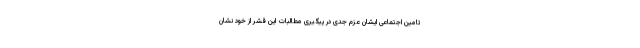
تامین اجتماعی ایشان عزم جدی در پیگیری مطالبات این قشر از خود نشان